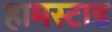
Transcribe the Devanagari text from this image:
हामस्टाड